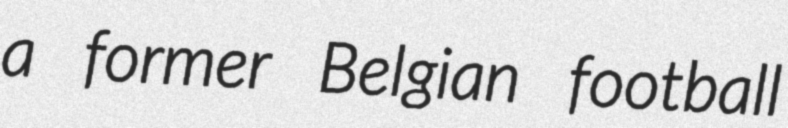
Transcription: a former Belgian football